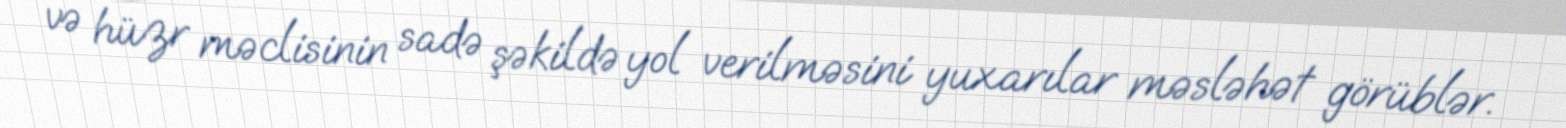
və hüzr məclisinin sadə şəkildə yol verilməsini yuxarılar məsləhət görüblər.